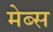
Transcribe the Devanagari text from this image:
मेब्स